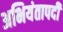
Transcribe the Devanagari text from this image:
अभियंतापदी